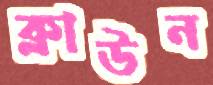
ক্লাউন